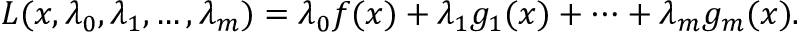
L ( x , \lambda _ { 0 } , \lambda _ { 1 } , \ldots , \lambda _ { m } ) = \lambda _ { 0 } f ( x ) + \lambda _ { 1 } g _ { 1 } ( x ) + \cdots + \lambda _ { m } g _ { m } ( x ) .